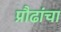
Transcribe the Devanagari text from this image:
प्रौढांचा